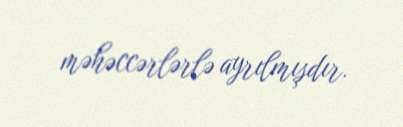
məhəccərlərlə ayrılmışdır.